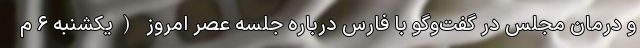
و درمان مجلس در گفت‌وگو با فارس درباره جلسه عصر امروز (یکشنبه ۶ م